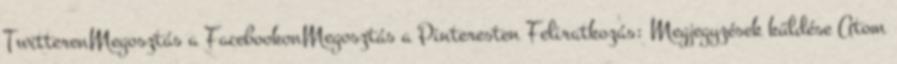
TwitterenMegosztás a FacebookonMegosztás a Pinteresten Feliratkozás: Megjegyzések küldése Atom